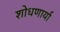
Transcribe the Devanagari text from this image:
शोधणार्या